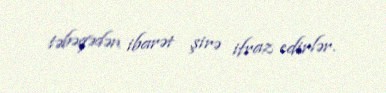
təbəqədən ibarət şirə ifraz edirlər.